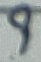
Text: 8